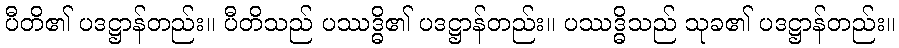
ပီတိ၏ ပဒဋ္ဌာန်တည်း။ ပီတိသည် ပဿဒ္ဓိ၏ ပဒဋ္ဌာန်တည်း။ ပဿဒ္ဓိသည် သုခ၏ ပဒဋ္ဌာန်တည်း။